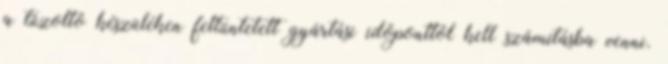
a tûzoltó készüléken feltüntetett gyártási idõponttól kell számításba venni.